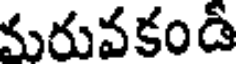
మరువకండి